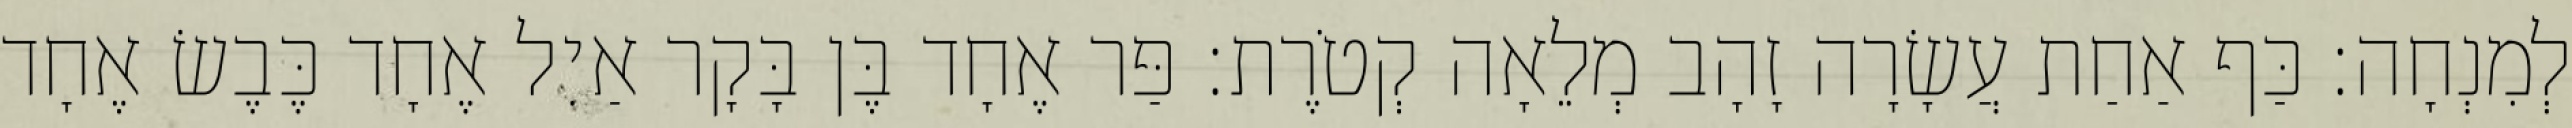
לְמִנְחָה׃ כַּף אַחַת עֲשָׂרָה זָהָב מְלֵאָה קְטֹרֶת׃ פַּר אֶחָד בֶּן בָּקָר אַיִל אֶחָד כֶּבֶשׂ אֶחָד